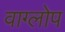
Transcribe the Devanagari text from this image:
वाग्लोप